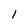
Character: 1